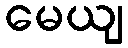
မေယျ